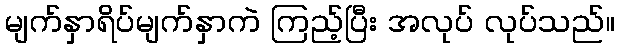
မျက်နှာရိပ်မျက်နှာကဲ ကြည့်ပြီး အလုပ် လုပ်သည်။